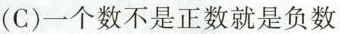
(C)一个数不是正数就是负数